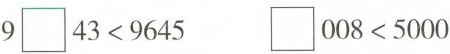
$$9\square 43<9645$$ $$\square 008<5000$$